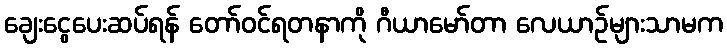
ချေးငွေပေးဆပ်ရန် တော်ဝင်ရတနာကို ဂီယာမော်တာ လေယာဉ်များသာမက